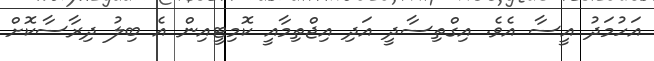
އަހުމަދު އީސާ އެވެ. އިގްތިސާދީ އަދި އިޖްތިމާއީ ކޮމިޓީއިން އެ ބިލު ދިރާސާކޮށް